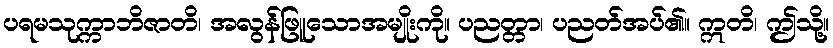
ပရမသုက္ကာဘိဇာတိ၊ အလွန်ဖြူသောအမျိုးကို။ ပညတ္တာ၊ ပညတ်အပ်၏။ ဣတိ၊ ဤသို့။